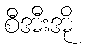
စီအီးအို